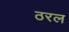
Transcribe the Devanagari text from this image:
ठरल